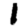
Digit: 1